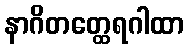
နာဂိတတ္ထေရဂါထာ